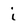
Character: i